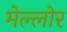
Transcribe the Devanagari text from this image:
मेल्लोर